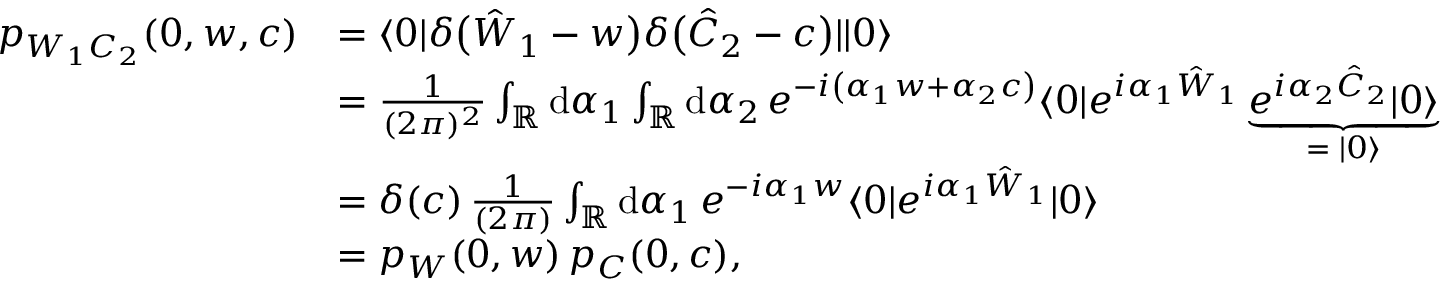
\begin{array} { r l } { p _ { W _ { 1 } C _ { 2 } } ( 0 , w , c ) } & { = \langle 0 | \delta \bigl ( \hat { W } _ { 1 } - w \bigr ) \delta \bigl ( \hat { C } _ { 2 } - c \bigr ) | | 0 \rangle } \\ & { = \frac { 1 } { ( 2 \pi ) ^ { 2 } } \int _ { \mathbb { R } } \mathrm { d } \alpha _ { 1 } \int _ { \mathbb { R } } \mathrm { d } \alpha _ { 2 } \, e ^ { - i \left( \alpha _ { 1 } w + \alpha _ { 2 } c \right) } \langle 0 | e ^ { i \alpha _ { 1 } \hat { W } _ { 1 } } \underbrace { e ^ { i \alpha _ { 2 } \hat { C } _ { 2 } } | 0 \rangle } _ { = \; | 0 \rangle } } \\ & { = \delta ( c ) \, \frac { 1 } { ( 2 \pi ) } \int _ { \mathbb { R } } \mathrm { d } \alpha _ { 1 } \, e ^ { - i \alpha _ { 1 } w } \langle 0 | e ^ { i \alpha _ { 1 } \hat { W } _ { 1 } } | 0 \rangle } \\ & { = p _ { W } ( 0 , w ) \, p _ { C } ( 0 , c ) , } \end{array}